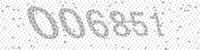
Solution: 006851